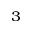
^ 3